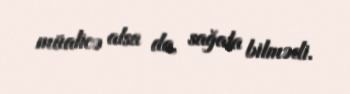
müalicə alsa da, sağala bilmədi.